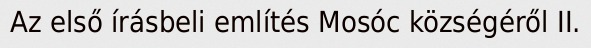
Az első írásbeli említés Mosóc községéről II.